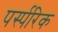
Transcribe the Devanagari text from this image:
पर्स्परिक